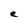
Character: e